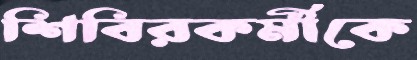
শিবিরকর্মীকে